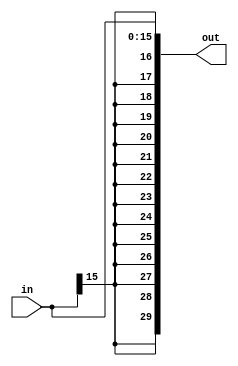
module Extend16to30(
    input[15:0] in,
    output[29:0] out
);
    // 
    // always @(in) begin
    //     out = {{14{in[15]}}, in};
    // end
    assign out = {{14{in[15]}}, in};
endmodule